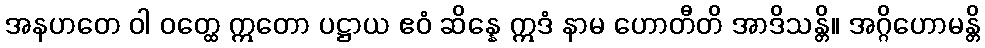
အနဟတေ ဝါ ဝတ္ထေ ဣတော ပဋ္ဌာယ ဧဝံ ဆိန္နေ ဣဒံ နာမ ဟောတီတိ အာဒိသန္တိ။ အဂ္ဂိဟောမန္တိ